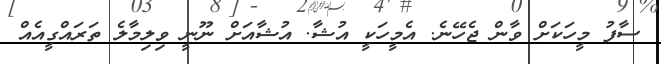
ސާފު މީހަކަށް ވާން ޖެހޭނެ. އެމީހަކީ އުޝާ. އުޝާއަށް ނޫނީ ވިލިމާލެ ތަރައްގީއެއް